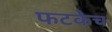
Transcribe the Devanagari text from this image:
फटकेच